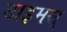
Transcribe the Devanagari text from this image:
टाइमस्